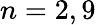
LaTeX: n=2,9